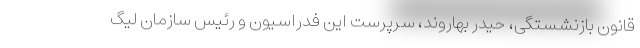
قانون بازنشستگی، حیدر بهاروند، سرپرست این فدراسیون و رئیس سازمان لیگ